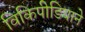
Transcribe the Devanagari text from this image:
विकिपीडियाने